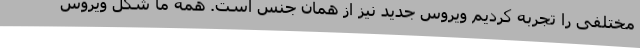
مختلفی را تجربه کردیم ویروس جدید نیز از همان جنس است. همه ما شکل ویروس